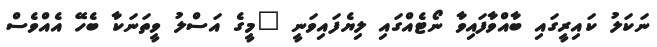
ނަކަލު ކައިރީގައި ބާއްވާފައިވާ ނޯޓެއްގައި ލިޔެފައިވަނީ "މީގެ އަސްލު ވީތަނަކާ ބެހޭ އެއްވެސް